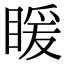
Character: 䁔